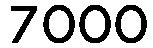
7000